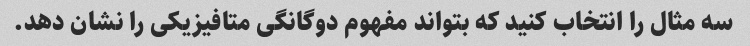
سه مثال را انتخاب کنید که بتواند مفهوم دوگانگی متافیزیکی را نشان دهد.